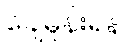
ချေမှုန်းရန်